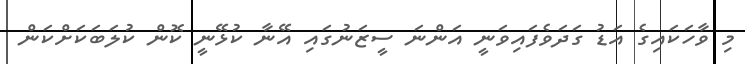
މި ވާހަކައިގެ އަޑު ގަދަވެފައިވަނީ އަންނަ ސީޒަނުގައި އޭނާ ކުޅޭނީ ކޮން ކުލަބަކަށްކަން